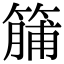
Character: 䈻